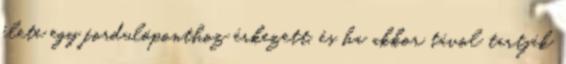
élete egy fordulóponthoz érkezett, és ha akkor távol tartják